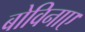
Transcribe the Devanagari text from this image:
बोविनाए